Indian journal of veterinary science and animal husbandry - Volume 1,
Year: 1931
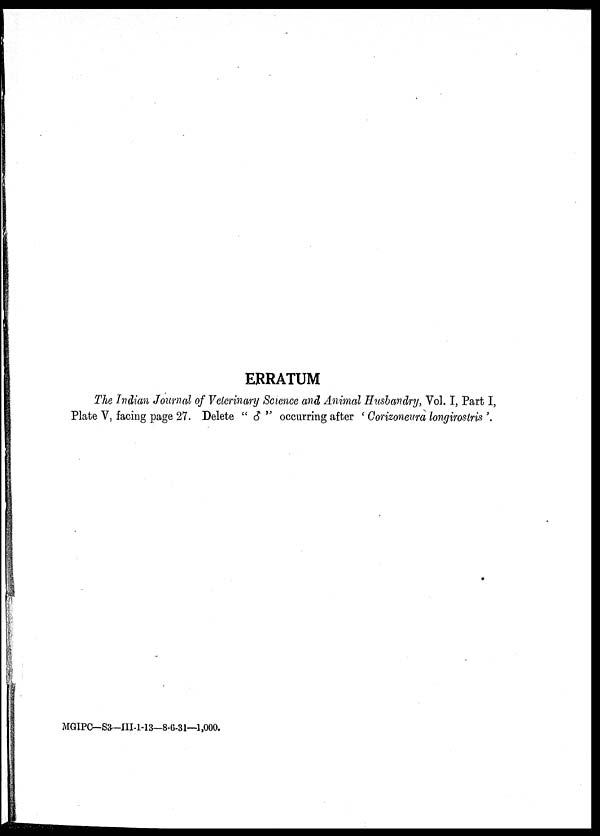
ERRATUM
The Indian Journal of Veterinary Science and Animal Husbandry, Vol. I, Part I,
Plate V, facing page 27. Delete " ♂ " occurring after ' Corizoneura longirostris '.
MGIPC—S3—III-1-13—8-6-31—1,000.